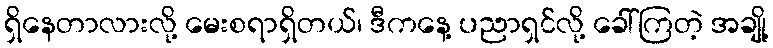
ရှိနေတာလားလို့ မေးစရာရှိတယ်၊ ဒီကနေ့ ပညာရှင်လို့ ခေါ်ကြတဲ့ အချို့